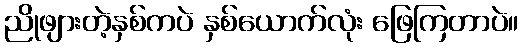
ညိုဖျားတဲ့နှစ်ကပဲ နှစ်ယောက်လုံး ဖြေကြတာပဲ။